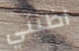
اظنني